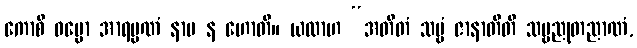
ကောစိ ဓမ္မော အာရမ္မဏံ နာမ န ဟောတိ။ ယထာဟ “အတီတံ သဗ္ဗံ ဇာနာတီတိ သဗ္ဗညုတညာဏံ,